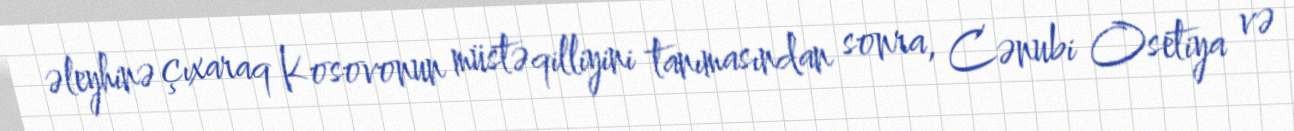
əleyhinə çıxaraq Kosovonun müstəqilliyini tanımasından sonra, Cənubi Osetiya və